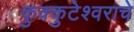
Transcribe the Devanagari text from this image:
कुक्कुटेश्वराचे